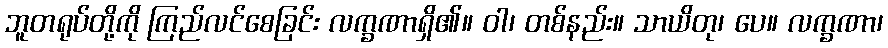
ဘူတရုပ်တို့ကို ကြည်လင်စေခြင်း လက္ခဏာရှိ၏။ ဝါ၊ တစ်နည်း။ သာယိတု၊ ပေ။ လက္ခဏာ၊